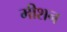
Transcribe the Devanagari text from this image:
मीशन